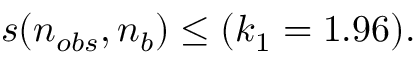
s ( n _ { o b s } , n _ { b } ) \leq ( k _ { 1 } = 1 . 9 6 ) .